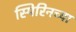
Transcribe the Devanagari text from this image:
स्पिरिनच्या